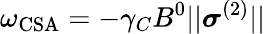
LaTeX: \omega_{\mathrm{CSA}}=-\gamma_{C}B^{0}||\boldsymbol{\sigma}^{(2)}||